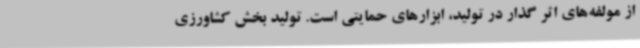
از مولفه‌های اثر گذار در تولید، ابزارهای حمایتی است. تولید بخش کشاورزی